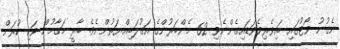
ނެގުނު ވޯޓުގައި ބައިވެރިވެވަޑައިގެންނެވި 62 މެންބަރުންގެ އަގުލަބިއްޔަތުންނެވެ. ބާރީ މަގާމުން ވަކި ކުރަން